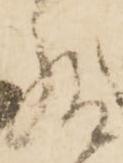
給